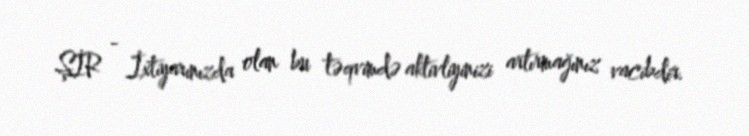
ŞİR - İxtiyarınızda olan bu təqvimdə aktivliyinizi artırmağınız vacibdir.